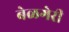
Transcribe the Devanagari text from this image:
बेळगेरी